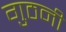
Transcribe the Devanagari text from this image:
गुठनी